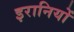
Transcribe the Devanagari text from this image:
इरानियों